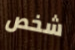
شخص